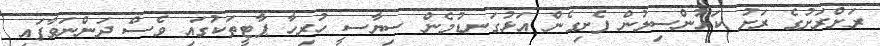
ރަށްރަށުގެ ރަށު ކައުންސިލުން ފެށިގެން އަޅުގަނޑުމެން ސިޔާސީ ހުރިހާ ޕާޓީތަކުގައި ވެސް ދަންނަވާފައި